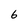
Character: 6